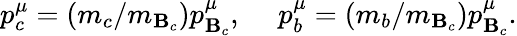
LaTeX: p_{c}^{\mu}=(m_{c}/m_{\mathbf{B}_{c}})p_{\mathbf{B}_{c}}^{\mu},~~~~~p_{b}^{\mu}=(m_{b}/m_{\mathbf{B}_{c}})p_{\mathbf{B}_{c}}^{\mu}.